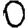
Digit: 0